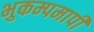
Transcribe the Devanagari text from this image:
भुकम्पमापी